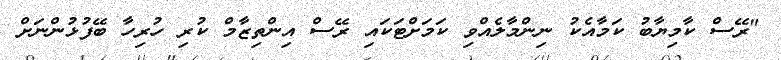
"ރޭސް ކާމިޔާބު ކަމާއެކު ނިންމާލެއްވި ކަމަށްޓަކައި ރޭސް އިންތިޒާމް ކުރި ހުރިހާ ބޭފުޅުންނަށް